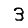
Digit: 3